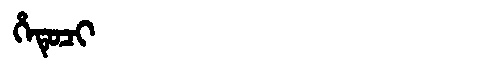
Manchu: ᡥᡝᡨᡠᠴᡳ
Romanization: HETUCI